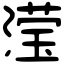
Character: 滢